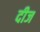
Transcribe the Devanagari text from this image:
दीज